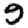
Digit: 9